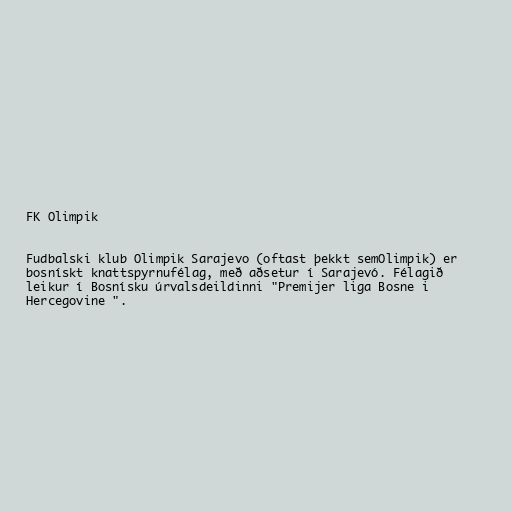
FK Olimpik

Fudbalski klub Olimpik Sarajevo (oftast þekkt semOlimpik) er
bosnískt knattspyrnufélag, með aðsetur í Sarajevó. Félagið
leikur í Bosnísku úrvalsdeildinni "Premijer liga Bosne i
Hercegovine ".